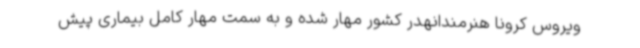
ویروس کرونا هنرمندانهدر کشور مهار شده و به سمت مهار کامل بیماری پیش